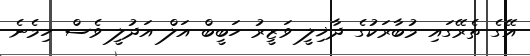
އޭގެ ތެރޭގައި މުބާރަކުގެ ދާޚިލީ ވަޒީރު ހަބީބް އަލް އަދުލީ ވެސް ހިމެނެ